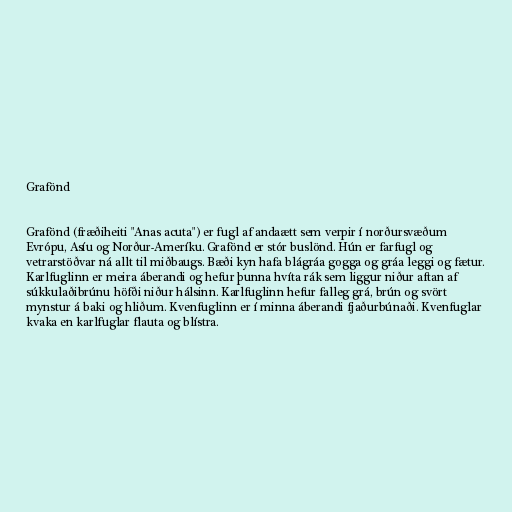
Grafönd

Grafönd (fræðiheiti "Anas acuta") er fugl af andaætt sem verpir í norðursvæðum
Evrópu, Asíu og Norður-Ameríku. Grafönd er stór buslönd. Hún er farfugl og
vetrarstöðvar ná allt til miðbaugs. Bæði kyn hafa blágráa gogga og gráa leggi og fætur.
Karlfuglinn er meira áberandi og hefur þunna hvíta rák sem liggur niður aftan af
súkkulaðibrúnu höfði niður hálsinn. Karlfuglinn hefur falleg grá, brún og svört
mynstur á baki og hliðum. Kvenfuglinn er í minna áberandi fjaðurbúnaði. Kvenfuglar
kvaka en karlfuglar flauta og blístra.